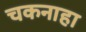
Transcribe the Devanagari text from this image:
चकनाहा